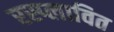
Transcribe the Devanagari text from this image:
रस्प्लावित